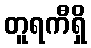
တူရကီရှိ